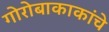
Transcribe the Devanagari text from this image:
गोरोबाकाकांचे